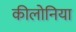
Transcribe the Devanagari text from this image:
कीलोनिया